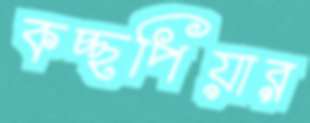
কচ্ছপিয়ার